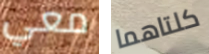
معي كلتاهما